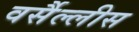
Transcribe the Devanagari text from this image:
वर्सैल्लीस